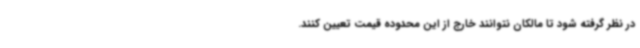
در نظر گرفته شود تا مالکان نتوانند خارج از این محدوده قیمت تعیین کنند.